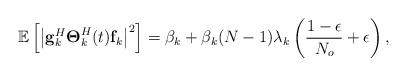
LaTeX: \begin{align*}\mathbb{E}\left[\left|{\bf g}^H_k \boldsymbol{\Theta}^H_k(t) {\bf f}_k\right|^2\right]=\beta_k +\beta_k (N-1) \lambda_k \left(\frac{1-\epsilon}{N_o}+\epsilon\right),\end{align*}